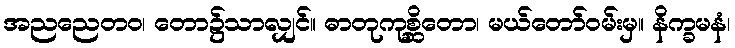
အညညေတဝ၊ တော၌သာလျှင်။ ဓာတုကုစ္ဆိတော၊ မယ်တော်ဝမ်းမှ။ နိက္ခမနံ၊